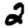
Digit: 2